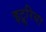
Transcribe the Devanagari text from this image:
इट्रूरिया